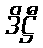
ဒိဋ္ဌီ